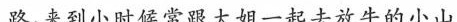
路，来到小时候常跟大姐一起去放牛的小山